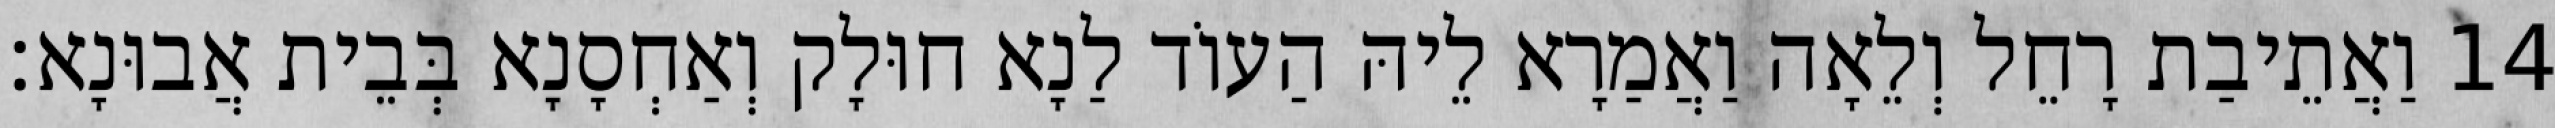
14 וַאֲתֵיבַת רָחֵל וְלֵאָה וַאֲמַרָא לֵיהּ הַעוֹד לַנָא חוּלָק וְאַחְסָנָא בְּבֵית אֲבוּנָא׃